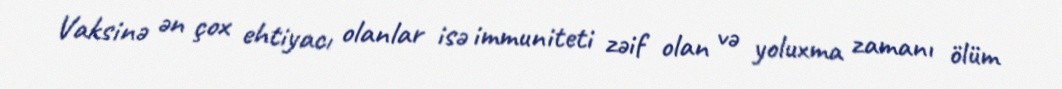
Vaksinə ən çox ehtiyacı olanlar isə immuniteti zəif olan və yoluxma zamanı ölüm